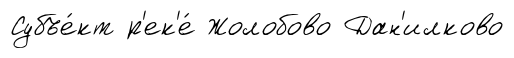
Субъе́кт р'ек'е́ Жолобово Дан'илково